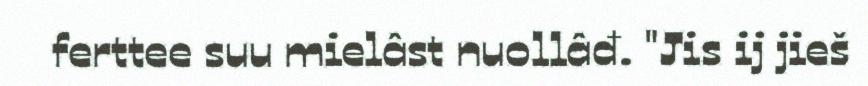
ferttee suu mielâst nuollâđ. "Jis ij jieš